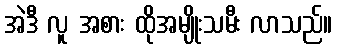
အဲဒီ လူ အစား ထိုအမျိုးသမီး လာသည်။